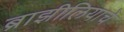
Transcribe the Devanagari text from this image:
ब्राझीलियाचे